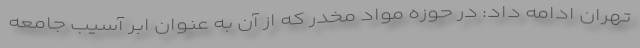
تهران ادامه داد: در حوزه مواد مخدر که از آن به عنوان ابر آسیب جامعه